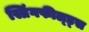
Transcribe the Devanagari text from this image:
स्प्रिंगफील्ड्स